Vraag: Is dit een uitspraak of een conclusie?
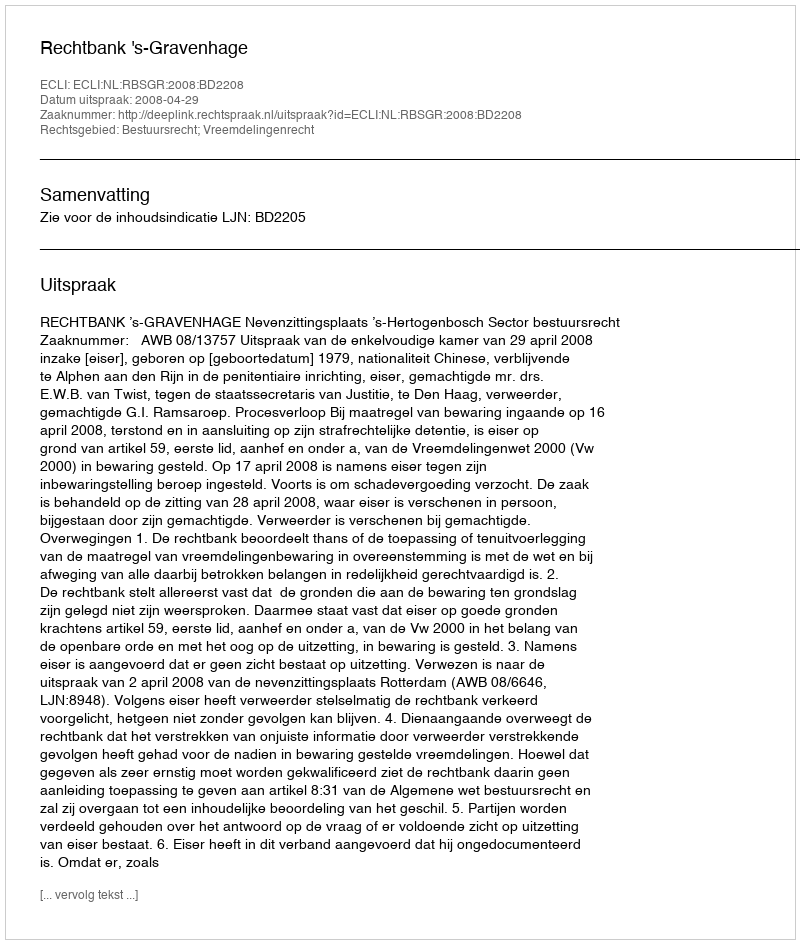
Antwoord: Uitspraak